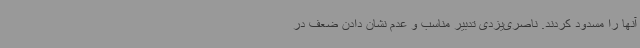
آنها را مسدود کردند. ناصری‌یزدی تدبیر مناسب و عدم نشان دادن ضعف در